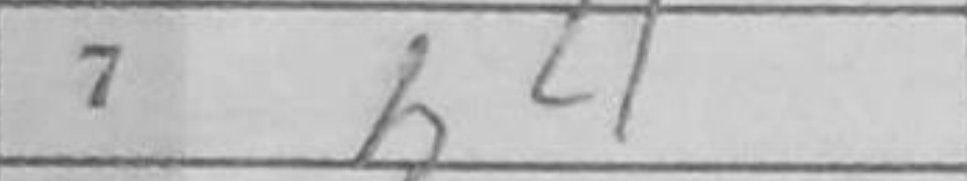
Transcription: h4